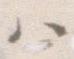
ハ